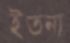
ইতনা